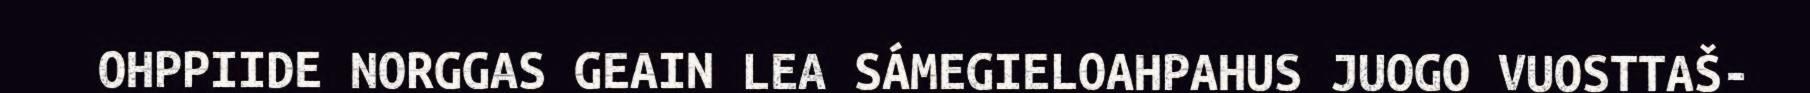
OHPPIIDE NORGGAS GEAIN LEA SÁMEGIELOAHPAHUS JUOGO VUOSTTAŠ-